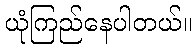
ယုံကြည်နေပါတယ်။